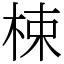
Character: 梀